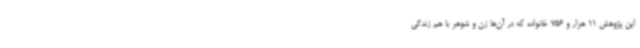
این پژوهش 11 هزار و 756 خانواده که در آن‌ها زن و شوهر با هم زندگی